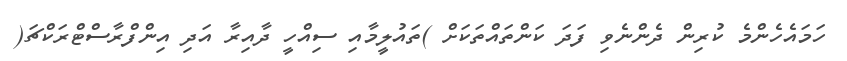
ހަމައެހެންމެ ކުރިން ދެންނެވި ފަދަ ކަންތައްތަކަށް )ތައުލީމާއި ސިއްހީ ދާއިރާ އަދި އިންފްރާސްޓްރަކްޗަ(